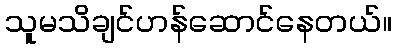
သူမသိချင်ဟန်ဆောင်နေတယ်။